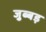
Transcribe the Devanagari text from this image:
जुब्बड़